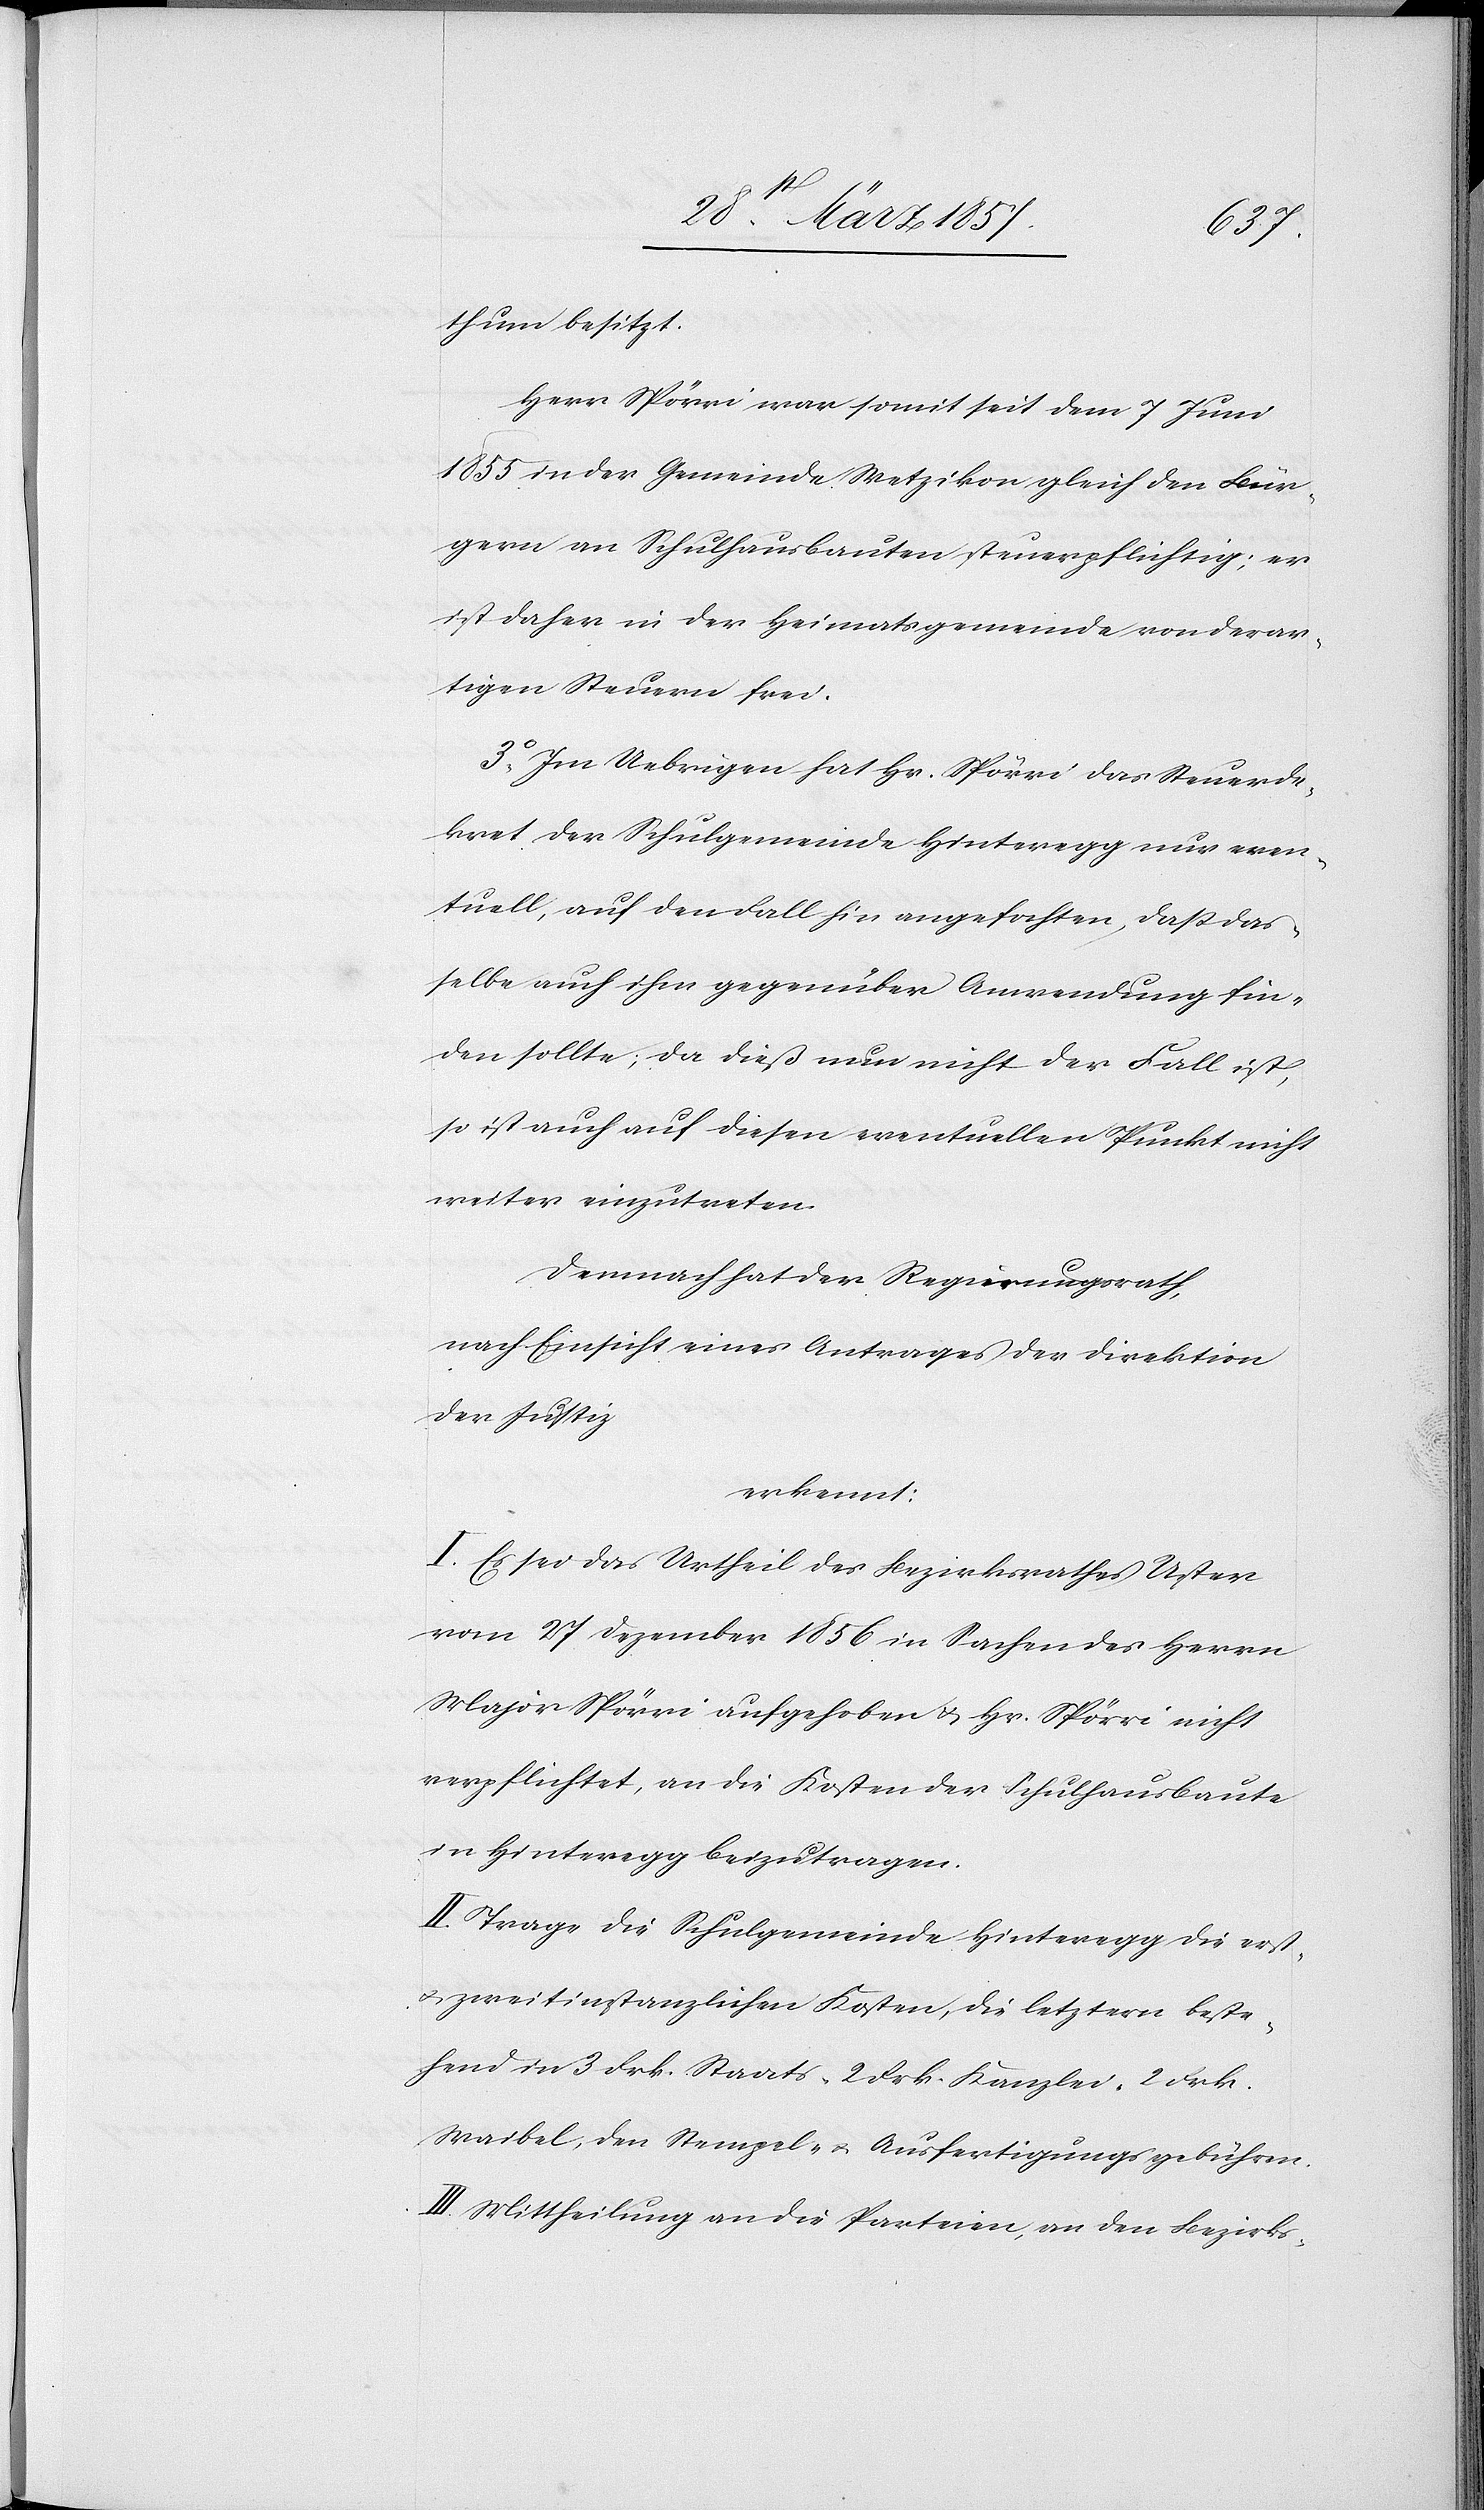
thum besitzt.
Herr Spörri war somit seit dem 7 Juni
1855 in der Gemeinde Wetzikon gleich den Bür¬
gern an Schulhausbauten steuerpflichtig; er
ist daher in der Heimatsgemeinde von derar¬
tigen Steuern frei.
3o Im Uebrigen hat Hr. Spörri das Steuerde¬
kret der Schulgemeinde Hinteregg nur even¬
tuell, auf den Fall hin angefochten, daß das¬
selbe auch ihm gegenüber Anwendung fin¬
den sollte; da dieß nun nicht der Fall ist,
so ist auch auf diesen eventuellen Punkt nicht
weiter einzutreten.
Demnach hat der Regierungsrath,
nach Einsicht eines Antrages der Direktion
der Justiz
erkennt:
I. Es sei das Urtheil des Bezirksrathes Uster
vom 27 Dezember 1856 in Sachen des Herrn
Major Spörri aufgehoben u. Hr. Spörri nicht
verpflichtet, an die Kosten der Schulhausbaute
in Hinteregg beizutragen.
II. Trage die Schulgemeinde Hinteregg die erst-
u. zweitinstanzlichen Kosten, die letztern beste¬
hend in 3 Frk. Staats-[,] 2 Frk. Kanzlei-[,] 2 Frk.
Waibel[-], den Stempel- u. Ausfertigungsgebühren.
III. Mittheilung an die Parteien, an den Bezirks-